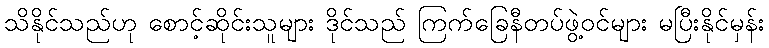
သိနိုင်သည်ဟု စောင့်ဆိုင်းသူများ ဒိုင်သည် ကြက်ခြေနီတပ်ဖွဲ့ဝင်များ မပြီးနိုင်မှန်း